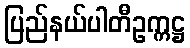
ပြည်နယ်ပါတီဥက္ကဋ္ဌ